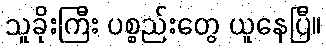
သူခိုးကြီး ပစ္စည်းတွေ ယူနေပြီ။